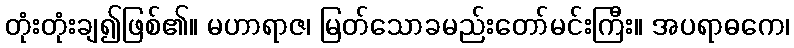
တုံးတုံးချ၍ဖြစ်၏။ မဟာရာဇ၊ မြတ်သောခမည်းတော်မင်းကြီး။ အပရာဓကေ၊